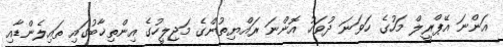
އަންނަ އޭޕްރީލް މަހުގެ ހަވަނަ ދުވަހު އޮންނަ ރައްޔިތުންގެ މަޖިލީހުގެ އިންތިޚާބުގައި ތައިލެންޑާއި